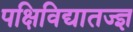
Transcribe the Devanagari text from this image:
पक्षिविद्यातज्ज्ञ